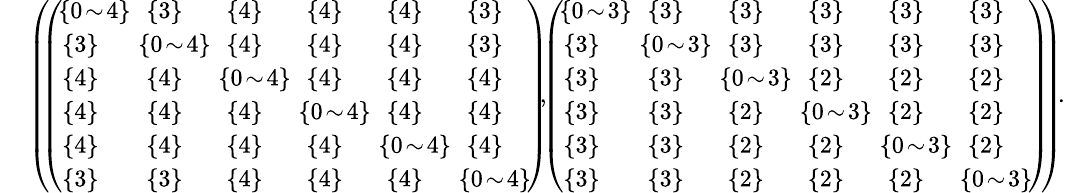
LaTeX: \begin{array}{rl}&{\small{\left(\! \! \left(\begin{array}{llllll}{\! \{ 0\! \sim\! 4\} \! \! }&{\{ 3\} }&{\{ 4\} }&{\{ 4\} }&{\{ 4\} }&{\{ 3\} }\\ {\{ 3\} }&{\! \! \{ 0\! \sim\! 4\} \! \! }&{\{ 4\} }&{\{ 4\} }&{\{ 4\} }&{\{ 3\} }\\ {\{ 4\} }&{\{ 4\} }&{\! \! \{ 0\! \sim\! 4\} \! \! }&{\{ 4\} }&{\{ 4\} }&{\{ 4\} }\\ {\{ 4\} }&{\{ 4\} }&{\{ 4\} }&{\! \! \{ 0\! \sim\! 4\} \! \! }&{\{ 4\} }&{\{ 4\} }\\ {\{ 4\} }&{\{ 4\} }&{\{ 4\} }&{\{ 4\} }&{\! \! \{ 0\! \sim\! 4\} \! \! }&{\{ 4\} }\\ {\{ 3\} }&{\{ 3\} }&{\{ 4\} }&{\{ 4\} }&{\{ 4\} }&{\! \! \{ 0\! \sim\! 4\} \! }\end{array}\right)\! \! ,\! \! \left(\begin{array}{llllll}{\! \{ 0\! \sim\! 3\} \! \! }&{\{ 3\} }&{\{ 3\} }&{\{ 3\} }&{\{ 3\} }&{\{ 3\} }\\ {\{ 3\} }&{\! \! \{ 0\! \sim\! 3\} \! \! }&{\{ 3\} }&{\{ 3\} }&{\{ 3\} }&{\{ 3\} }\\ {\{ 3\} }&{\{ 3\} }&{\! \! \{ 0\! \sim\! 3\} \! \! }&{\{ 2\} }&{\{ 2\} }&{\{ 2\} }\\ {\{ 3\} }&{\{ 3\} }&{\{ 2\} }&{\! \! \{ 0\! \sim\! 3\} \! \! }&{\{ 2\} }&{\{ 2\} }\\ {\{ 3\} }&{\{ 3\} }&{\{ 2\} }&{\{ 2\} }&{\! \! \{ 0\! \sim\! 3\} \! \! }&{\{ 2\} }\\ {\{ 3\} }&{\{ 3\} }&{\{ 2\} }&{\{ 2\} }&{\{ 2\} }&{\! \! \{ 0\! \sim\! 3\} \! }\end{array}\right)\! \! \right)\! .}}\end{array}